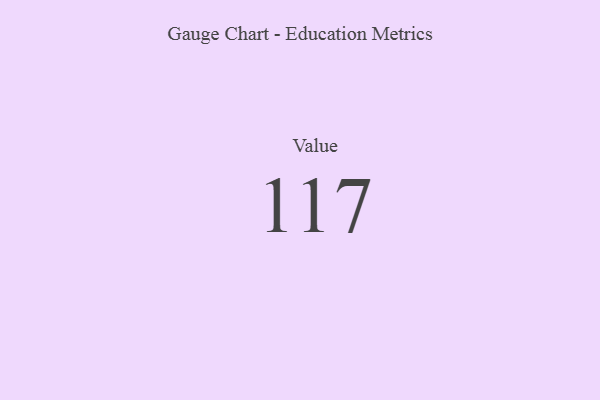
{"axis": {"x": "Metric", "y": "Value"}, "legend": [""], "data": [{"x": "Value", "y": 117, "type": ""}]}